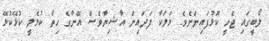
ލޯބީގައި ޖެހީ ކޮޅުފައިންނެވެ. މަލަކާ ފަދައިން އާޝިޔާވެސް އޭނާގެ ހިތާ ކުޅެލީ ކުޅޭކުޅޭ